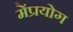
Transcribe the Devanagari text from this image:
मेंप्रयोग